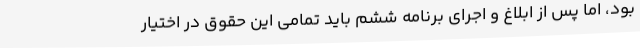
بود، اما پس از ابلاغ و اجرای برنامه ششم باید تمامی این حقوق در اختیار